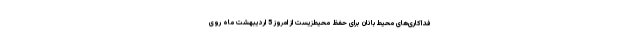
فداکاری‌های محیط‌بانان برای حفظ محیطزیست از امروز 5 اردیبهشت ماه روی